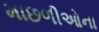
માછળીઓના